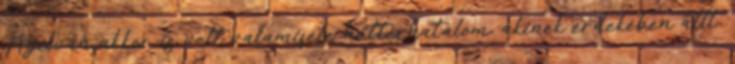
Nyilván akkor is volt valamiféle háttérhatalom, akinek érdekében állt,